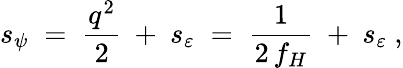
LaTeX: s_{\psi}\; =\; \frac{q^{2}}{2}~+~s_{\varepsilon}\; =\; \frac{1}{2\, f_{H}}~+~s_{\varepsilon}~,